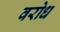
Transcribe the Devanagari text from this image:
वरोध